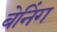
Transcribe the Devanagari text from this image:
बेनिंग